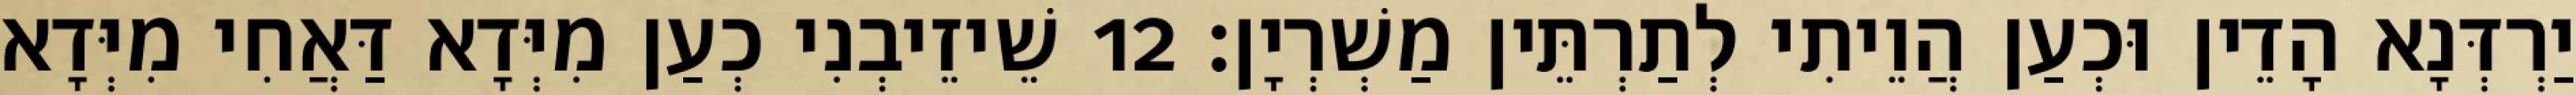
יַרְדְּנָא הָדֵין וּכְעַן הֲוֵיתִי לְתַרְתֵּין מַשְׁרְיָן׃ 12 שֵׁיזֵיבְנִי כְעַן מִיְּדָא דַּאֲחִי מִיְּדָא